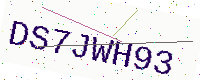
Text: DS7JWH93